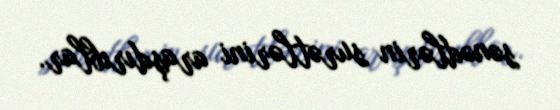
sənədlərin surətlərini araşdırıblar.